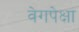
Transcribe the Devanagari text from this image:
वेगपेक्षा